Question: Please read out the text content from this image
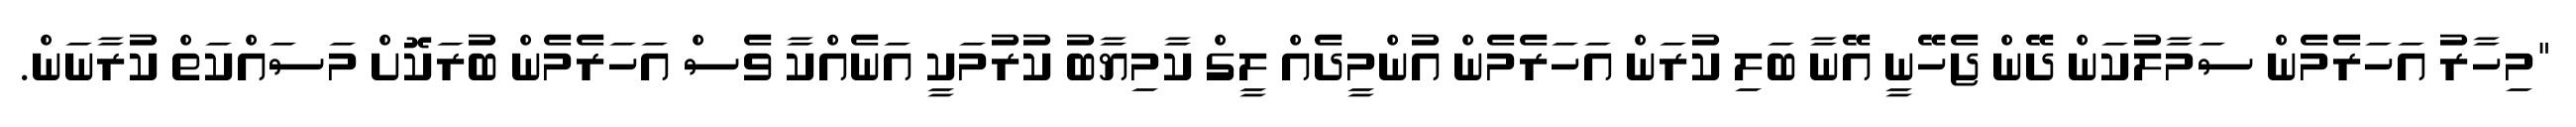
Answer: "މިހާރު އަހަރެމެން ސަމާލުކަން ދޭން ޖެހޭނީ އޭނާ ބަލި ކުރަން އަހަރެމެން އުންމީދެއް ލީގް ކާމިޔާބު ކުރުމަކީ އަނެއްކާ ވެސް އަހަރެމެން ބުރަކޮށް މަސައްކަތް ކުރާނަން.